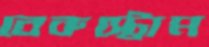
বেকস্ট্রোম